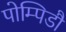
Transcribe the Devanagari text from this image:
पोम्पिडौ